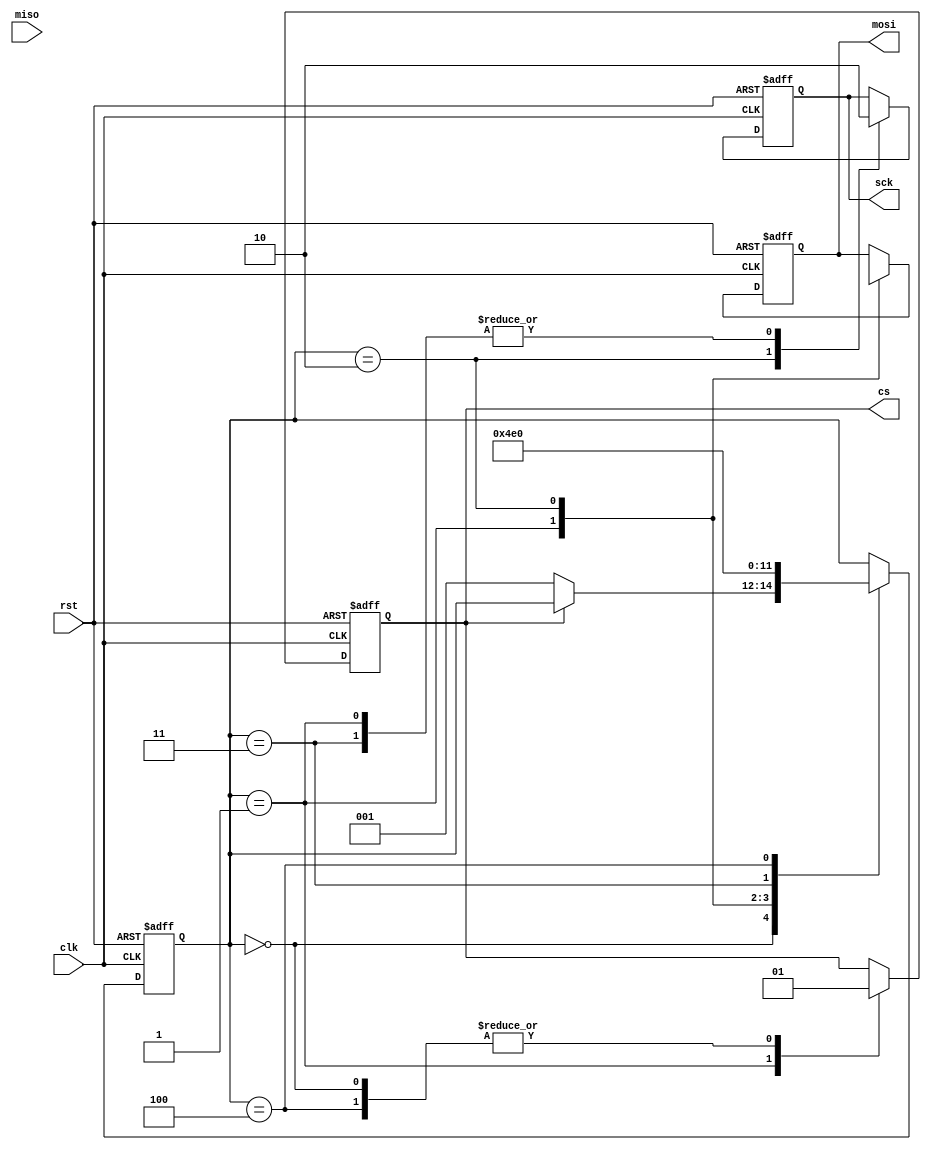
module SPI_Master (
  input wire clk,
  input wire rst,
  output reg cs,
  output reg sck,
  output reg mosi,
  input wire miso
);

  reg [7:0] tx_data;
  reg [7:0] rx_data;
  reg shift_en;
  reg [2:0] count;

  always @(posedge clk or posedge rst) begin
    if (rst) begin
      count <= 3'b0;
      cs <= 1'b1;
      sck <= 1'b0;
      mosi <= 1'b0;
      rx_data <= 8'b0;
      shift_en <= 1'b0;
    end else begin
      case (count)
        3'b000: begin  // Idle state
          if (cs == 1'b0) begin
            cs <= 1'b1;  // Activate chip select
            count <= 3'b001;  // Move to next state
          end
        end

        3'b001: begin  // Send state
          cs <= 1'b0;  // Deactivate chip select
          sck <= 1'b0;
          mosi <= tx_data[7];  // Send MSB
          shift_en <= 1'b1;
          count <= 3'b010;  // Move to next state
        end

        3'b010: begin  // Shift state
          sck <= 1'b1;  // Toggle clock
          mosi <= tx_data[6:0];  // Send remaining bits
          count <= 3'b011;  // Move to next state
        end

        3'b011: begin  // Receive state
          sck <= 1'b0;
          rx_data <= {rx_data[6:0], miso};  // Receive bits
          count <= 3'b100;  // Move to next state
        end

        3'b100: begin  // Finish state
          cs <= 1'b1;  // Activate chip select
          shift_en <= 1'b0;
          count <= 3'b000;  // Move back to idle state
        end
      endcase
    end
  end

  // Assign tx_data with data to be transmitted (e.g., from an external source)
  // Assign miso with received data (e.g., to an external destination)
  
endmodule